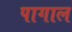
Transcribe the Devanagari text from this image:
पागाल